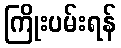
ကြိုးပမ်းရန်